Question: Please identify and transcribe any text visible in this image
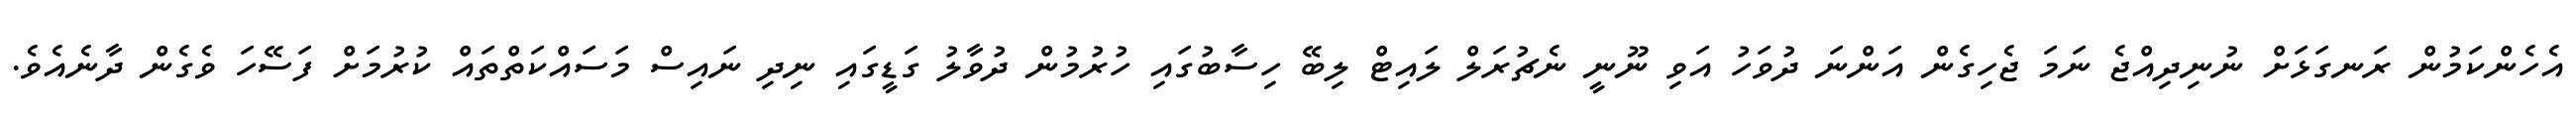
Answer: އެހެންކަމުން ރަނގަޅަށް ނުނިދިއްޖެ ނަމަ ޖެހިގެން އަންނަ ދުވަހު އަވި ނޫނީ ނެޗުރަލް ލައިޓް ލިބޭ ހިސާބުގައި ހުރުމުން ދުވާލު ގަޑީގައި ނިދި ނައިސް މަސައްކަތްތައް ކުރުމަށް ފަސޭހަ ވެގެން ދާނެއެވެ.